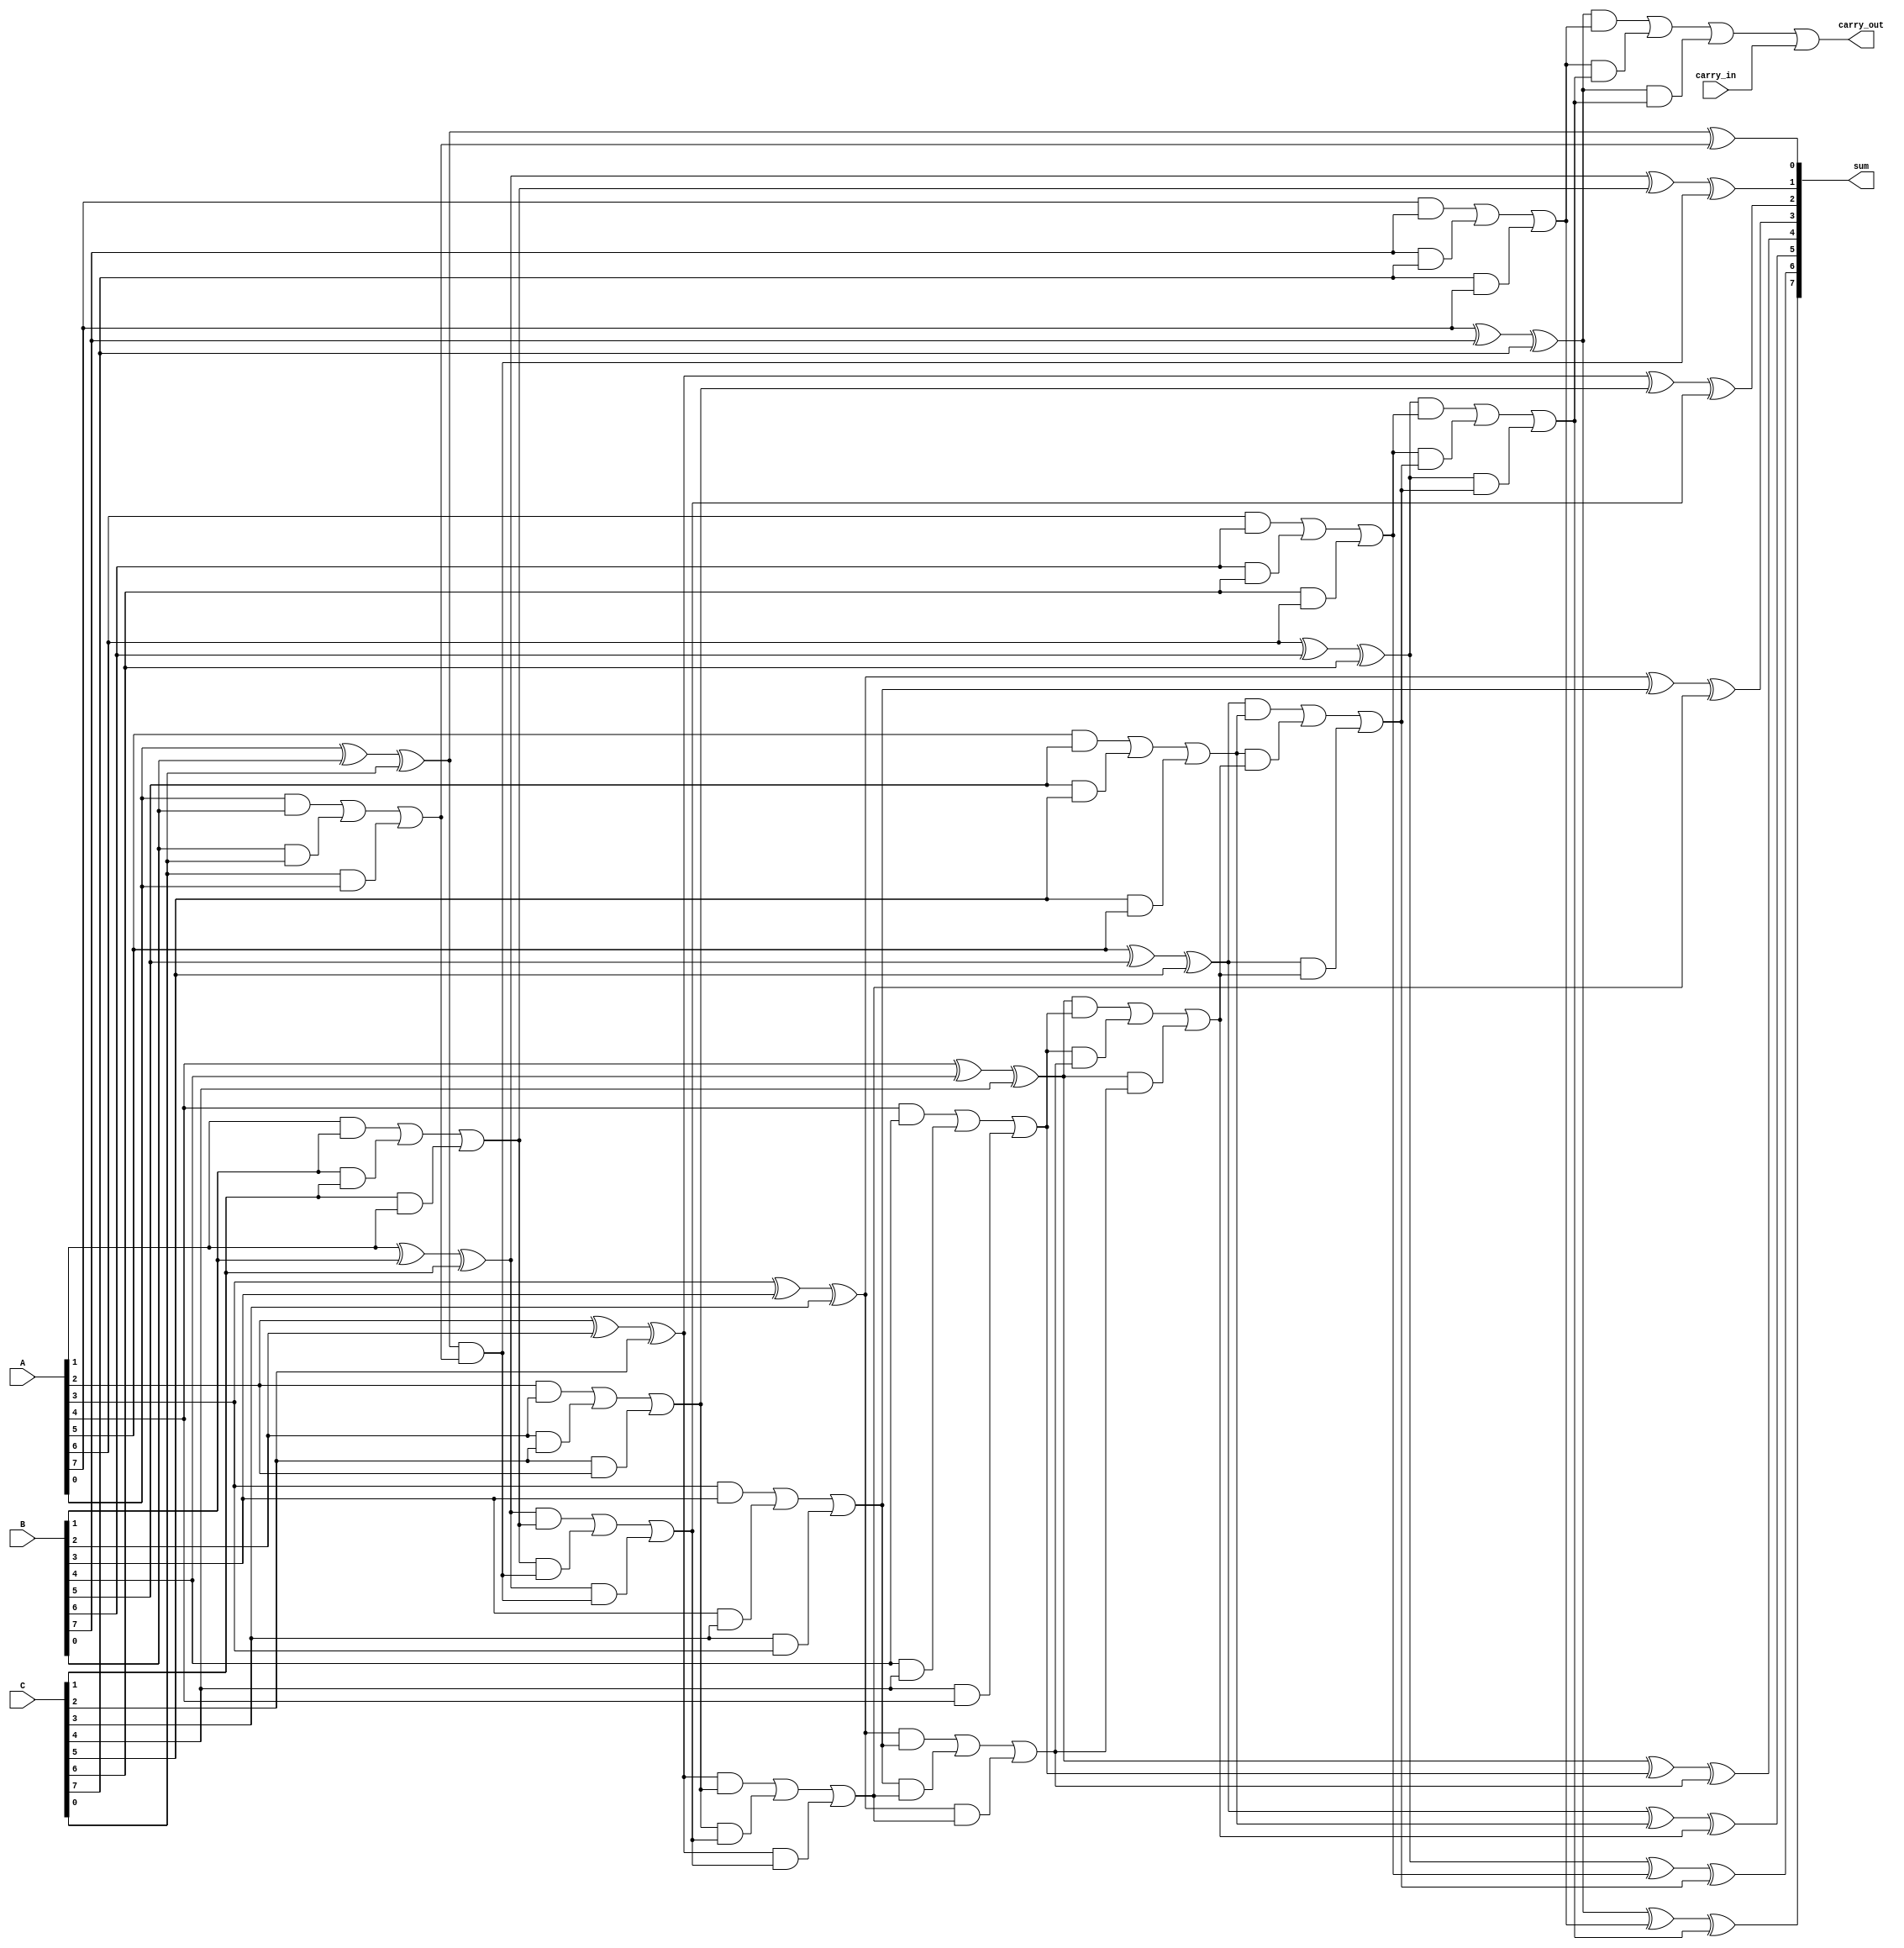
module carry_save_adder #(parameter N = 8) (
    input  [N-1:0] A,    // First n-bit input
    input  [N-1:0] B,    // Second n-bit input
    input  [N-1:0] C,    // Third n-bit input
    input  carry_in,      // Initial carry-in
    output [N-1:0] sum,   // Final sum output
    output carry_out       // Final carry-out
);

// Internal wires for carry and sum
wire [N-1:0] sum_intermediate;
wire [N:0] carry_intermediate; // N+1 bits to accommodate carry out

// Carry Save Adder Logic
genvar i;
generate
    for (i = 0; i < N; i = i + 1) begin : csa
        assign sum_intermediate[i] = A[i] ^ B[i] ^ C[i]; // Sum bits
        assign carry_intermediate[i] = (A[i] & B[i]) | (B[i] & C[i]) | (C[i] & A[i]); // Carry bits
    end
endgenerate

// Including the carry_in in the carry propagation
assign carry_intermediate[N] = carry_in; // Carry in as the last carry

// Final Carry Propagation using Ripple Carry Adder
wire [N-1:0] final_sum;
wire [N:0] final_carry;

assign final_sum[0] = sum_intermediate[0] ^ carry_intermediate[0];
assign final_carry[0] = sum_intermediate[0] & carry_intermediate[0];

generate
    for (i = 1; i < N; i = i + 1) begin : rca
        assign final_sum[i] = sum_intermediate[i] ^ carry_intermediate[i] ^ final_carry[i-1];
        assign final_carry[i] = (sum_intermediate[i] & carry_intermediate[i]) | 
                                 (carry_intermediate[i] & final_carry[i-1]) | 
                                 (sum_intermediate[i] & final_carry[i-1]);
    end
endgenerate

// Final carry out
assign carry_out = final_carry[N-1] | carry_intermediate[N];

assign sum = final_sum;

endmodule